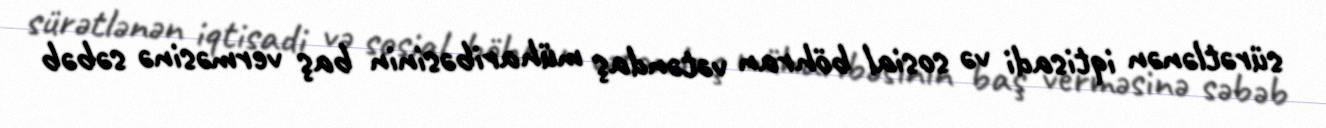
sürətlənən iqtisadi və sosial böhran vətəndaş müharibəsinin baş verməsinə səbəb